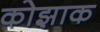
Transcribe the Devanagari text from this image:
कोझाक